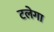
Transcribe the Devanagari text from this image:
टलेगा